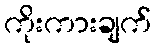
ကိုးကားချက်